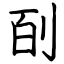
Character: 㓦